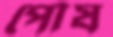
পৌষ